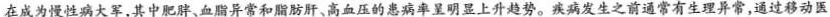
在成为慢性病大军，其中肥胖、血脂异常和肪肝、高血压的患病率呈明显上升趋势。疾病发生之前通常有生理异常，通过移动医